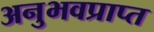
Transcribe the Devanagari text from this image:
अनुभवप्राप्त